Civil Veterinary Department. United Provinces 1932-42 - 1932-1942
Year: 1932
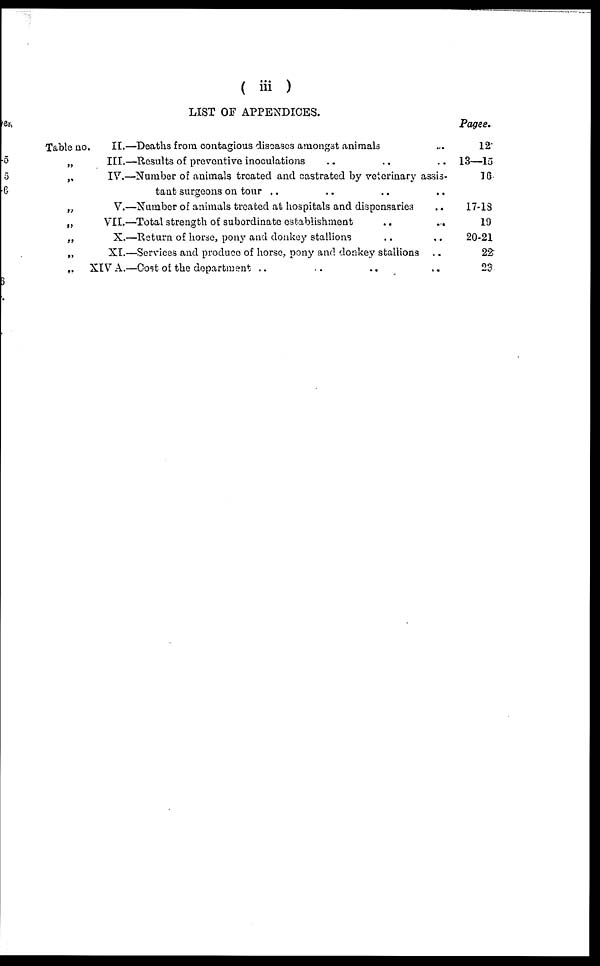
( iii )
Table no.
„
„
„
„
„
„
„
LIST OF APPENDICES.
II.—Deaths from contagious diseases amongst animals ..
III.—Results of preventive inoculations .. .. ..
IV.—Number of animals treated and castrated by veterinary assis-
tant surgeons on tour .. .. .. .. ..
V.—Number of animals treated at hospitals and dispensaries ..
VII.—Total strength of subordinate establishment
..
...
X.—Return of horse, pony and donkey stallions .. ..
XI.—Services and produce of horse, pony and donkey stallions ..
XIV A.—Cost of the department .. .. .. ..
Pages.
12
13—15
16
17-13
19
20-21
22
23